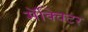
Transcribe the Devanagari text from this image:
मॅक्विटर